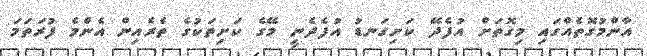
އާންމުގޮތެއްގައި މިގޮތަށް އުފެދޭ ކަށިގަނޑު އުފެދެނީ މޭގެ ކަށިތަކުގެ ތެރެއިން އެންމެ ފުރަތަމަ